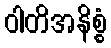
ဝါတိအနိစ္စံ